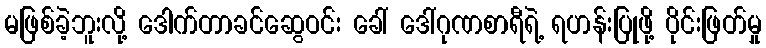
မဖြစ်ခဲ့ဘူးလို့ ဒေါက်တာခင်ဆွေဝင်း ခေါ် ဒေါ်ဂုဏစာရီရဲ့ ရဟန်းပြုဖို့ ပိုင်းဖြတ်မှု